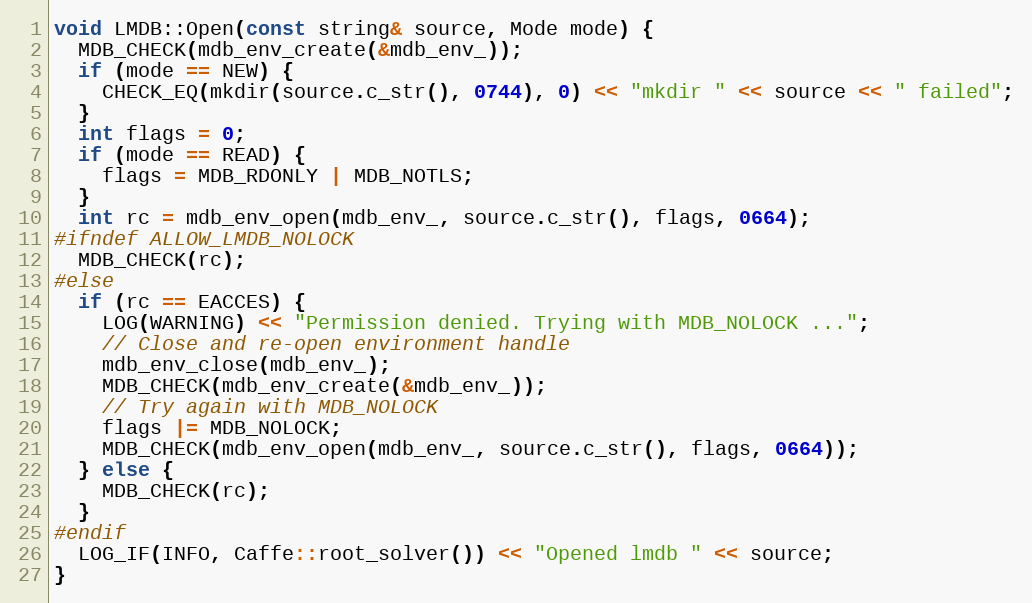
Language: C++
void LMDB::Open(const string& source, Mode mode) {
  MDB_CHECK(mdb_env_create(&mdb_env_));
  if (mode == NEW) {
    CHECK_EQ(mkdir(source.c_str(), 0744), 0) << "mkdir " << source << " failed";
  }
  int flags = 0;
  if (mode == READ) {
    flags = MDB_RDONLY | MDB_NOTLS;
  }
  int rc = mdb_env_open(mdb_env_, source.c_str(), flags, 0664);
#ifndef ALLOW_LMDB_NOLOCK
  MDB_CHECK(rc);
#else
  if (rc == EACCES) {
    LOG(WARNING) << "Permission denied. Trying with MDB_NOLOCK ...";
    // Close and re-open environment handle
    mdb_env_close(mdb_env_);
    MDB_CHECK(mdb_env_create(&mdb_env_));
    // Try again with MDB_NOLOCK
    flags |= MDB_NOLOCK;
    MDB_CHECK(mdb_env_open(mdb_env_, source.c_str(), flags, 0664));
  } else {
    MDB_CHECK(rc);
  }
#endif
  LOG_IF(INFO, Caffe::root_solver()) << "Opened lmdb " << source;
}